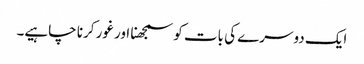
ایک دوسرے کی بات کو سمجھنا اور غور کرنا چاہیے۔